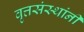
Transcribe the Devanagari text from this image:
वृत्तसंस्थांनी